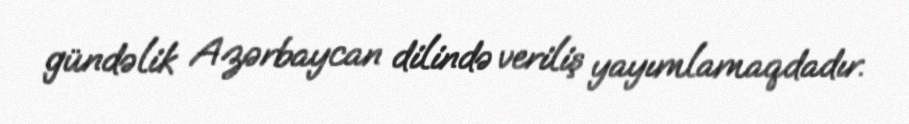
gündəlik Azərbaycan dilində veriliş yayımlamaqdadır.